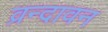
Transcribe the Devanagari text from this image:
व्रन्दावन